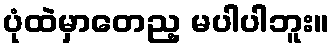
ပုံထဲမှာတေည့ မပါပါဘူး။